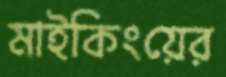
মাইকিংয়ের